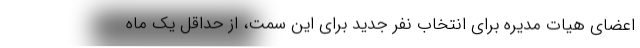
اعضای هیات مدیره برای انتخاب نفر جدید برای این سمت، از حداقل یک ماه